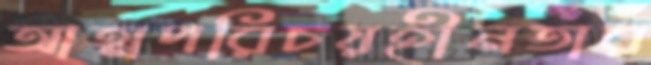
আত্মপরিচয়হীনতার